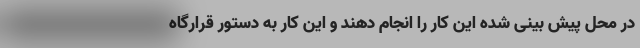
در محل پیش بینی شده این کار را انجام دهند و این کار به دستور قرارگاه